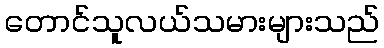
တောင်သူလယ်သမားများသည်